Report of the Indian Hemp Drugs Commission, 1894-1895 - Volume V
Year: 1894
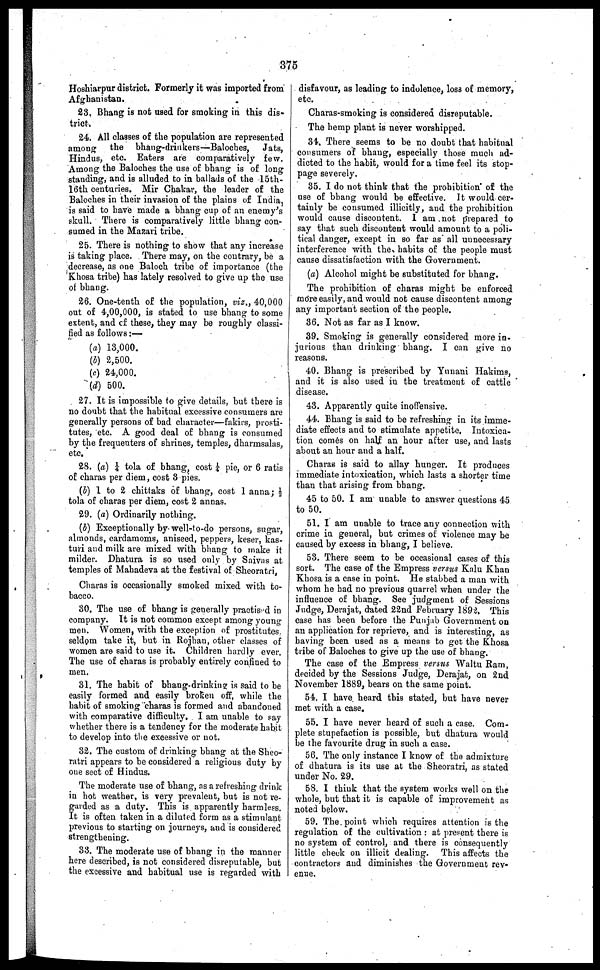
375
Hoshiarpur district. Formerly it was imported from
Afghanistan.
23. Bhang is not used for smoking in this dis-
trict.
24. All classes of the population are represented
among the bhang-drinkers—Baloches, Jats,
Hindus, etc. Eaters are comparatively few.
Among the Baloches the use of bhang is of long
standing, and is alluded to in ballads of the 15th-
16th centuries. Mir Chakar, the leader of the
Baloches in their invasion of the plains of India,
is said to have made a bhang cup of an enemy's
skull. There is comparatively little bhang con-
sumed in the Mazari tribe.
25. There is nothing to show that any increase
is taking place. There may, on the contrary, be a
decrease, as one Baloch tribe of importance (the
Khosa tribe) has lately resolved to give up the use
of bhang.
26. One-tenth of the population, viz., 40,000
out of 4,00,000, is stated to use bhang to some
extent, and of these, they may be roughly classi-
fied as follows :—
(a) 13,000.
(b) 2,500.
(c) 24,000.
(d) 500.
27. It is impossible to give details, but there is
no doubt that the habitual excessive consumers are
generally persons of bad character—fakirs, prosti-
tutes, etc. A good deal of bhang is consumed
by the frequenters of shrines, temples, dharmsalas,
etc.
28. (a) ¼ tola of bhang, cost ¼ pie, or 6 ratis
of charas per diem, cost 3 pies.
(b) 1 to 2 chittaks of bhang, cost 1 anna; ½
tola of charas per diem, cost 2 annas.
29. (a) Ordinarily nothing.
(b) Exceptionally by well-to-do persons, sugar,
almonds, cardamoms, aniseed, peppers, keser, kas-
turi and milk are mixed with bhang to make it
milder. Dhatura is so used only by Saivas at
temples of Mahadeva at the festival of Sheoratri,
Charas is occasionally smoked mixed with to-
bacco.
30. The use of bhang is generally practised in
company. It is not common except among young
men. Women, with the exception of prostitutes,
seldom take it, but in Rojhan, other classes of
women are said to use it. Children hardly ever.
The use of charas is probably entirely confined to
men.
31. The habit of bhang-drinking is said to be
easily formed and easily broken off, while the
habit of smoking charas is formed and abandoned
with comparative difficulty. I am unable to say
whether there is a tendency for the moderate habit
to develop into the excessive or not.
32. The custom of drinking bhang at the Sheo-
ratri appears to be considered a religious duty by
one sect of Hindus.
The moderate use of bhang, as a refreshing drink
in hot weather, is very prevalent, but is not re-
garded as a duty. This is apparently harmless.
It is often taken in a diluted form as a stimulant
previous to starting on journeys, and is considered
strengthening.
33. The moderate use of bhang in the manner
here described, is not considered disreputable, but
the excessive and habitual use is regarded with
disfavour, as leading to indolence, loss of memory,
etc.
Charas-smoking is considered disreputable.
The hemp plant is never worshipped.
34. There seems to be no doubt that habitual
consumers of bhang, especially those much ad-
dicted to the habit, would for a time feel its stop-
page severely.
35. I do not think that the prohibition of the
use of bhang would be effective. It would cer-
tainly be consumed illicitly, and the prohibition
would cause discontent. I am not prepared to
say that such discontent would amount to a poli-
tical danger, except in so far as all unnecessary
interference with the habits of the people must
I cause dissatisfaction with the Government.
(a) Alcohol might be substituted for bhang.
The prohibition of charas might be enforced
more easily, and would not cause discontent among
any important section of the people.
36. Not as far as I know.
39. Smoking is generally considered more in-
jurions than drinking bhang. I can give no
reasons.
40. Bhang is prescribed by Yunani Hakims,
and it is also used in the treatment of cattle
disease.
43. Apparently quite inoffensive.
44. Bhang is said to be refreshing in its imme-
diate effects and to stimulate appetite. Intoxica-
tion comes on half an hour after use, and lasts
about an hour and a half.
Charas is said to allay hunger. It produces
immediate intoxication, which lasts a shorter time
than that arising from bhang.
45 to 50. I am unable to answer questions 45
to 50.
51. I am unable to trace any connection with
crime in general, but crimes of violence may be
caused by excess in bhang, I believe.
53. There seem to be occasional cases of this
sort. The case of the Empress versus Kalu Khan
Khosa is a case in point. He stabbed a man with
whom he had no previous quarrel when under the
influence of bhang. See judgment of Sessions
Judge, Derajat, dated 22nd February 1893. This
case has been before the Punjab Government on
an application for reprieve, and is interesting, as
having been used as a means to get the Khosa
tribe of Baloches to give up the use of bhang.
The case of the Empress versus Waltu Ram,
decided by the Sessions Judge, Derajat, on 2nd
November 1889, bears on the same point.
54. I have heard this stated, but have never
met with a case.
55. I have never heard of such a case. Com-
plete stupefaction is possible, but dhatura would
be the favourite drug in such a case.
56. The only instance I know of the admixture
of dhatura is its use at the Sheoratri, as stated
under No. 29.
58. I think that the system works well on the
whole, but that it is capable of improvement as
noted below.
59. The point which requires attention is the
regulation of the cultivation : at present there is
no system of control, and there is consequently
little check on illicit dealing. This affects the
contractors and diminishes the Government rev-
enue.